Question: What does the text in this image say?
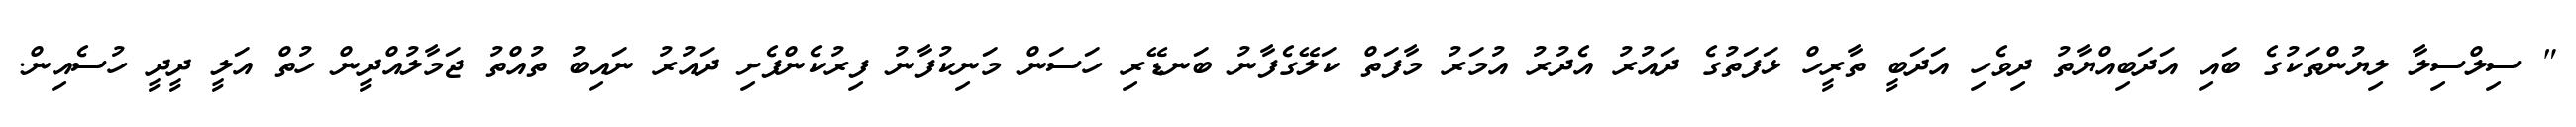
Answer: " ސިލްސިލާ ލިޔުންތަކުގެ ބައި އަދަބިއްޔާތު ދިވެހި އަދަބީ ތާރީހް ޅަފަތުގެ ދައުރު އެދުރު އުމަރު މާފަތް ކަލޭގެފާނު ބަނޑޭރި ހަސަން މަނިކުފާނު ފިރުކެންފެށި ދައުރު ނައިބު ތުއްތު ޖަމާލުއްދީން ހުތް އަލީ ދީދީ ހުސެއިން.